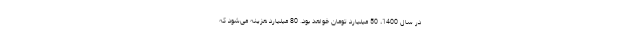
در سال 1400، 50 میلیارد تومان خواهد بود. 80 میلیارد هزینه می‌شود که